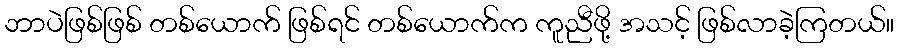
ဘာပဲဖြစ်ဖြစ် တစ်ယောက် ဖြစ်ရင် တစ်ယောက်က ကူညီဖို့ အသင့် ဖြစ်လာခဲ့ကြတယ်။